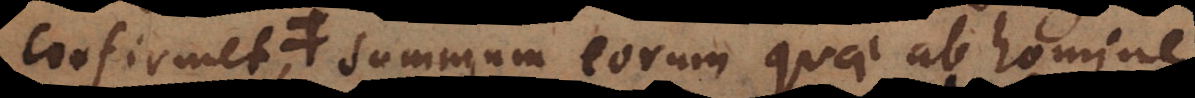
confirmet, summum eorum quae ab homine